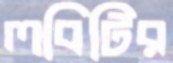
লবিটির